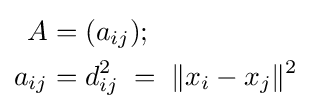
{\begin{aligned}A&=(a_{ij});\\a_{ij}&=d_{ij}^{2}\;=\;\lVert x_{i}-x_{j}\rVert ^{2}\end{aligned}}